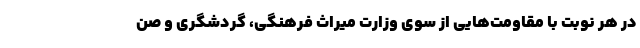
در هر نوبت با مقاومت‌هایی از سوی وزارت میراث فرهنگی، گردشگری و صن